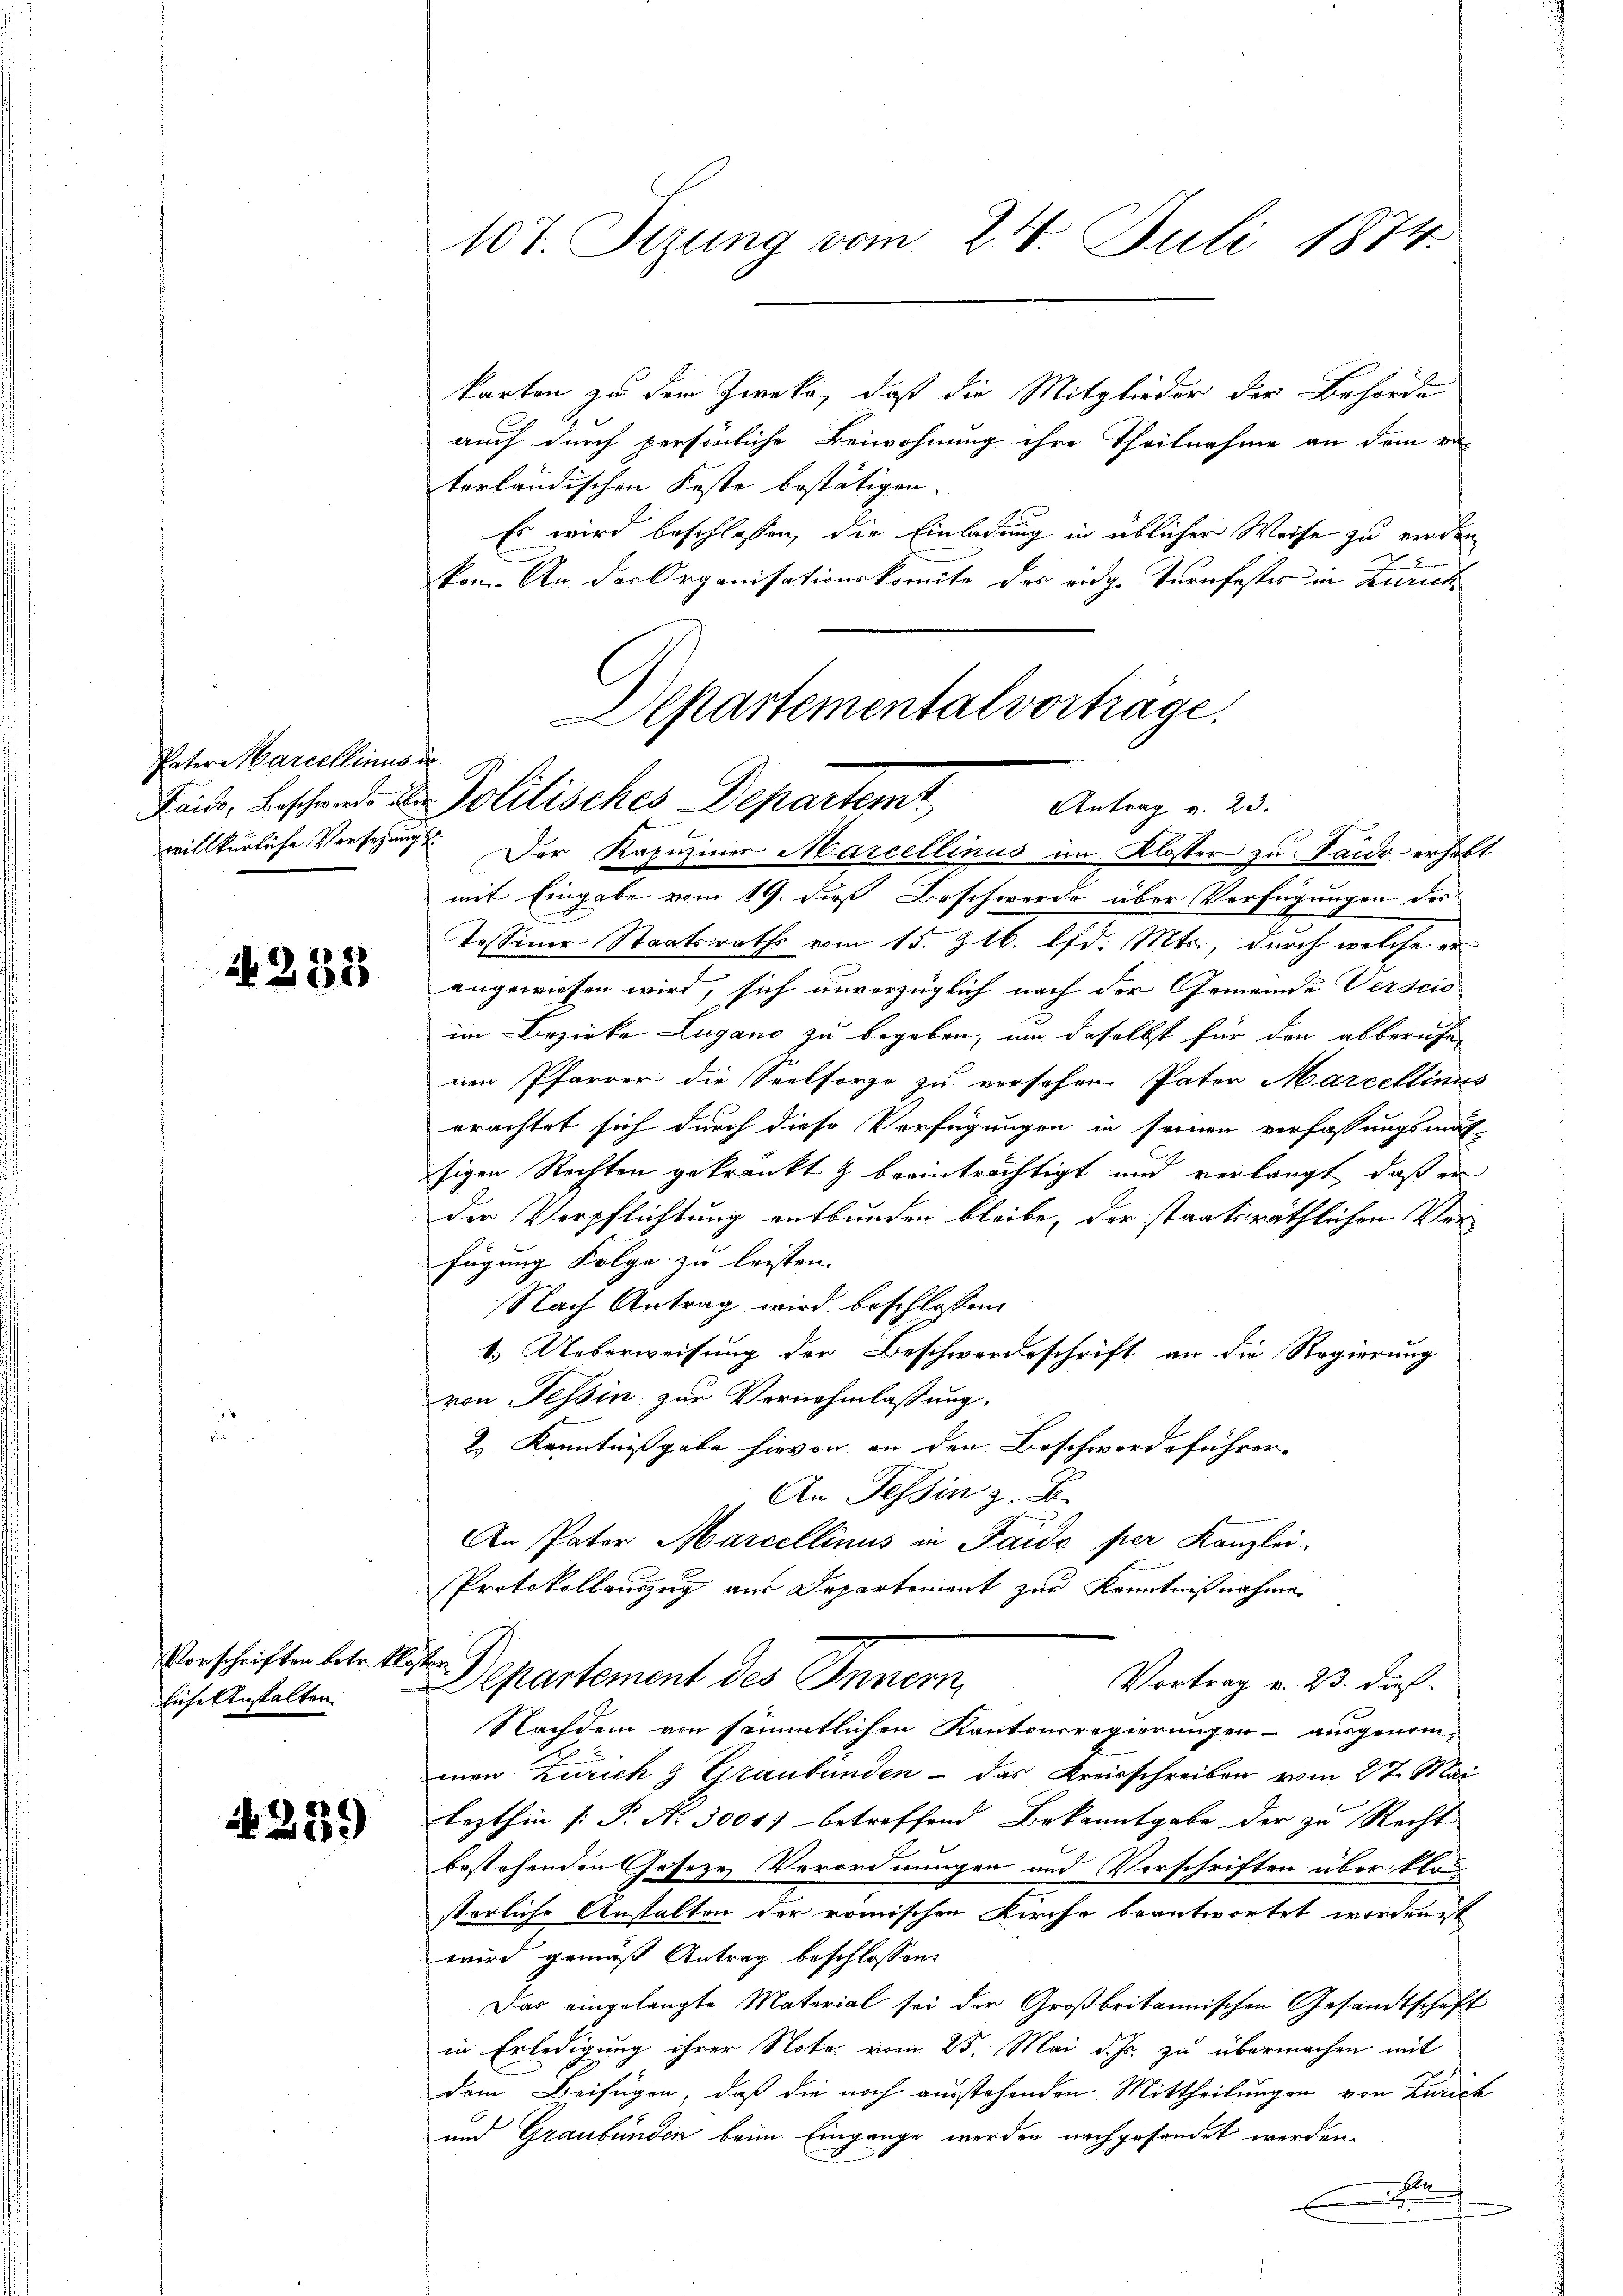
Pater Marcellinus de

14238

Vorschriften betr. Köster
dliche Anstalten

4289

10t. Sizung vom 24. Juli 1874.

karton zu dem Zweka, daß die Mitglieder der Behörde
auch durch persönliche Beiwohnung ihre Theilnahme an dem va-
terländischen Faste bestätigen.
Es wird beschlossen, die Einladung in üblicher Weise zu werden

ken. An der Organisationskomite des eidge Turnfestes in Zürich
epartementalvorträge.

Feid, Beschwerde u. Politisches Departem
Antrag v. 23.

x
willkürliche Vorsezung. Der Kapuziner Marcellinus im Kloster zu Sando erhebt
mit Eingabe vom 19. dieß Beschwerde über Verfügungen des
Tessiner Staatsraths vom 15. §. 16. lfd. Mts., durch welche er
angewiesen wird, sich unvorzüglich nach der Gemeinde Verscio
im Bezirke Lugano zu begeben, um daselbst für den abberuhenen Pfarrer die Seelsorge zu versehen. Pater Marcellinus
erachtet sich durch diese Verfügungen in seinen verfassungsmat-
sigen Rechten gekränkt & beeinträchtigt und verlangt, daß er
der Verpflichtung entbunden bleibe, der staatsräthlichen Verfügung Folge zu leisten. |
Nach Antrag wird beschlossen:
1. Ueberweisung der Beschwerdeschrift an die Regierung
von Tessin zur Vernehmlassung.
2 Kenntnißgabe hievon an den Beschwerdeführer-
An Tessin z. B.
An Pater Marcellinus in Pardo per Kanzlei.
Protokollanzug aus Departement zur Kenntnißnahme
Departement des Innern,
Vortrag v. 23. dieß.
Nachdem von sämmtlichen Kantonsregierungen - ausgenommen Zürich & Graubünden - das Kreisschreiben vom 27. Mai
lezthin [P. Nr. 3004. betreffend Bekanntgabe der zu Recht
bestehenden Geseze Verordnungen und Vorschriften über klo
sterliche Anstalten der römischen Kirche beantwortet worden ist
wird gemäß Antrag beschlossen:
Das eingelangte Material sei der Großbritannischen Gesandtschaft
in Erledigung ihrer Nota vom 25. Mai d. Js. zu übermachen mit
dem Beifügen, daß die noch ausstehenden Mittheilungen von Zürich
und Graubünden beim Eingange werden nachgesendet werden,
l